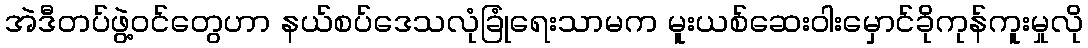
အဲဒီတပ်ဖွဲ့ဝင်တွေဟာ နယ်စပ်ဒေသလုံခြုံရေးသာမက မူးယစ်ဆေးဝါးမှောင်ခိုကုန်ကူးမှုလို